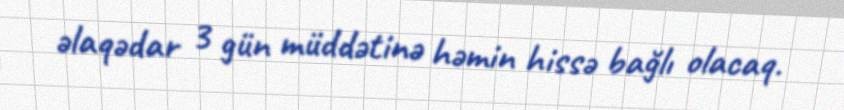
əlaqədar 3 gün müddətinə həmin hissə bağlı olacaq.